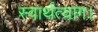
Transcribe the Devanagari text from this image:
स्वार्थत्याग।